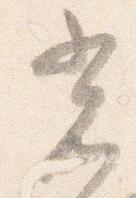
光